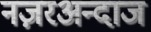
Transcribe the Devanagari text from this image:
नज़रअन्दाज